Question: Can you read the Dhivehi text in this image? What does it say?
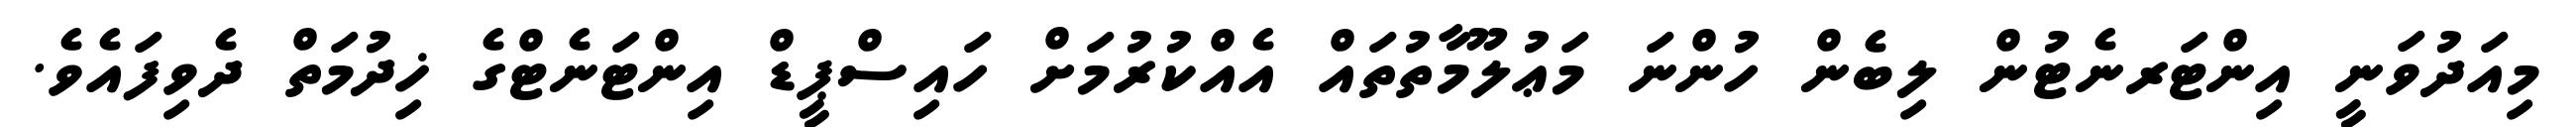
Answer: މިއަދުވަނީ އިންޓަރނެޓުން ލިބެން ހުންނަ މަޢުލޫމާތުތައް އެއްކުރުމަށް ހައިސްޕީޑް އިންޓަނެޓްގެ ޚިދުމަތް ދެވިފައެވެ.